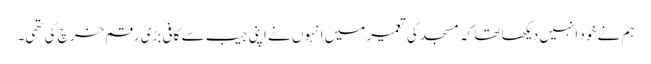
ہم نے خود انہیں دیکھا تھا کہ مسجد کی تعمیر میں انہوں نے اپنی جیب سے کافی بڑی رقم خرچ کی تھی۔